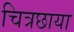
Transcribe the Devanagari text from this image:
चित्रछाया